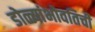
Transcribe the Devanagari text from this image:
डोळ्यांभोवतिची